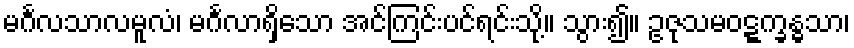
မင်္ဂလသာလမူလံ၊ မင်္ဂလာရှိသော အင်ကြင်းပင်ရင်းသို့။ သွား၍။ ဥဇုသမဝဋ္ဋက္ခန္ဓသာ၊